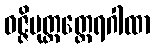
ဝဇ္ဇိပုတ္တတ္ထေရဂါထာ